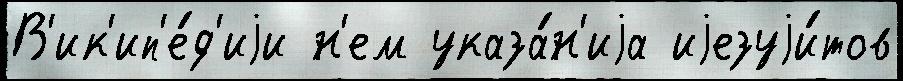
В'ик'ип'е́д'иjи н'ем указа́н'иjа иjезуjи́тов